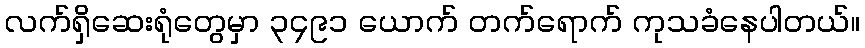
လက်ရှိဆေးရုံတွေမှာ ၃၄၉၁ ယောက် တက်ရောက် ကုသခံနေပါတယ်။